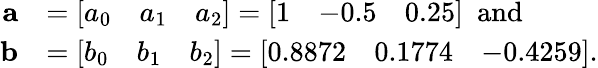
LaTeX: \begin{array}{rl}{\mathbf a}&{=\left[\begin{array}{lll}{a_{0}}&{a_{1}}&{a_{2}}\end{array}\right]=\left[\begin{array}{lll}{1}&{-0.5}&{0.25}\end{array}\right]\ \mathrm{~and~}\ }\\ {\mathbf b}&{=\left[\begin{array}{lll}{b_{0}}&{b_{1}}&{b_{2}}\end{array}\right]=\left[\begin{array}{lll}{0.8872}&{0.1774}&{-0.4259}\end{array}\right].}\end{array}